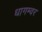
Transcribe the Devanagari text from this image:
धागम्वर